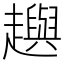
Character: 𧾚